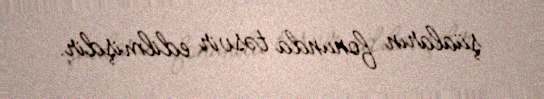
şüaların fonunda təsvir edilmişdir.